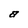
Character: a